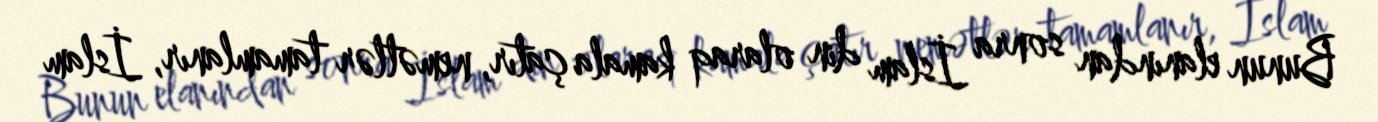
Bunun elanından sonra İslam din olaraq kamala çatır, nemətlər tamamlanır, İslam